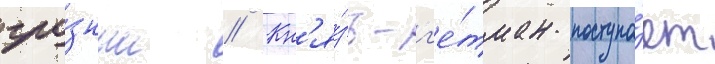
гро́зным // Кн'я́зь-г'е́тман поступа́ет